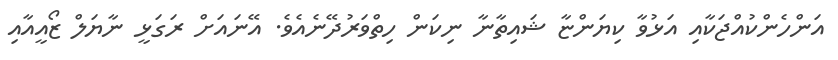
އަންހެންކުއްޖަކާއި އަޅުވާ ކިޔަންޏާ ޝައިތާނާ ނިކަން ހިތްވަރުދޭނެއެވެ. އޭނައަށް ރަގަޅީ ނާޔަލް ޒޯއީއާއި